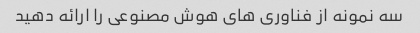
سه نمونه از فناوری های هوش مصنوعی را ارائه دهید